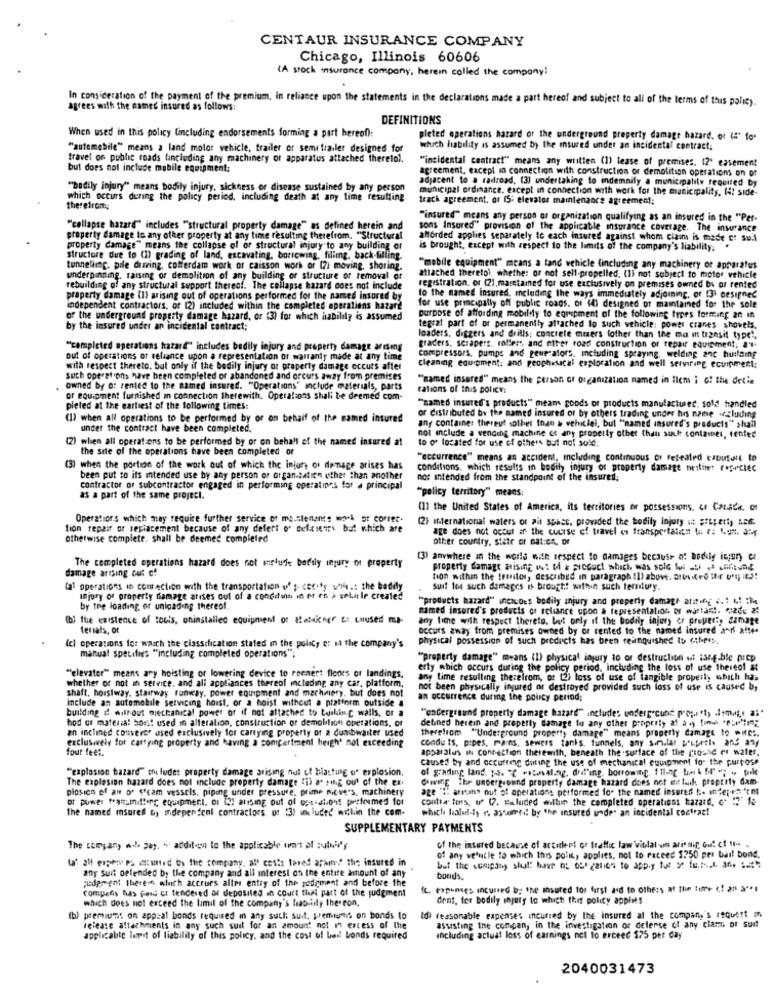
CENTAUR INSURANCE COMPANY
Chicago, Illinois 60606
(A stock insurance company, herein called the company!
In consideration of the payment of the premium, in reliance upon the statements in the declarations made a part hereof and subject to all of the terms of this policy.
agrees with the named insured as follows:
DEFINITIONS
When used in this policy (including endorsements forming a part hereof):
pleted operations hazard or the underground property damage hazard. or (4" fo-
"automobile" means a land motor vehicle, trailer or semi trailer designed for
which hability is assumed by the msured under an incidental contract;
travel of public roads fincluding any machinery of apparatus attached therelol.
"incidental contract" means any written (1) lease of premises. 12" easement
but does not include mobile equipment:
agreement, except in connection with construction or demolition operations on of
adjacent to a radroad, (3) undertaking to indemnily a municipality requited by
"bodily injury" means bodily injury, sickness or disease sustained by any person
municipal ordinance, except in connection with work for the municipality, I4! side-
which occurs during the policy period, including death at any time resulting
track agreement. or 15: elevator maintenance agreement;
therefrom;
"insured" means any person of organization qualifying as an insured in the "Per-
"collapse hazard" includes "structural property damage" as defined herein and
sons Insured" provision of the applicable insurance coverage. The insurance
property damage to any other property at any time resulting therefrom. "Structural
afforded applies separately to each insured against whom claim is made of Sul
property damage" means the collapse of of structural injury to any building or
is brought, except with respect to the limits of the company's liability.
structure due to (1) grading of land, excavating, borrowing, filling, back-filling.
tunnelling. pile diving, cofferdam work of caisson work or 17: moving, shoring.
""mobile equipment" means a tand vehicle (including any machinery or apparatus
underpinning. raising or demolition of any building or structure of removal of
attached theretol, whether or not sell-propelled. (1) not subject to motor vehicle
rebuilding of any structural support thereof. The collapse hazard does not include
registration, or (21, maistamed for use exclusively on premises owned by or rented
property damage (1) arising out of operations performed for the named insured by
to the named insured, mcluding the ways immediately adjoining, or 131 designed
independent contractors, or 12) included within the completed operations hazard
for use principally off public roads. of (4) designed of maintained for the sole
of the underground property damage hazard, or (3) for which hability is assumed
purpose of affording mobilfly to equipment of the following types forming 20 In
by the insured under an incidental contract;
tegral part of or permanently attached to such vehicle: power cranes shovels.
loaders, diggers and drills; concrete mixers fother than the ma m urzesit type",
"completed operations hazard" includes bodily injury and property damage arising
graders. scrapers, rollers and nifer road construction or repair equipment. 8".
out of operations of reliance upon a representation of warranty made at any time
compressors, pumps and peue-alors, including spraying. welding anc huitaine
with respect thereto, but only if the bodily injury or property damage occurs after
cleaning equipment: and geophvsacal exploration and well serviring ecumment:
such operations have been completed or abandoned and orcurs away from premises
"named insered" means the person or organization named in flem i G! the detin
owned by o: rented to the named insured. "Operations" include materials, parts
rations of this policy:
or equipment furnished in connection therewith. Operations shall be deemed com-
pieted at the earliest of the following times:
"zamed insured's products" means goods or products manufacturec. sold handled
(1) when all operations to be performed by or on behalf of the named insured
or distributed by the named insured or by others trading under his name -cluding
under the contract have been completed.
any container thereof other than & vehicle), but ""named insured's products" shall
not include & vending machine et any property other that suck conlames, senfed
(2) when all operations to be performed by or on behalf of the named insured at
to of located for use of others but not sold;
the sale of the operations have been completed or
"occurrence" means an accident, including continuous of fesealed tatufull lo
(3) when the portion of the work out of which the injur, or damage arises has
conditions, which results in bodily injury or property damage teilinet (*p-clec
been put to its mtended use by any person or organizatice other than another
not intended from the standpoint of the insured;
contractor or subcontractor engaged in performing operatines for a principal
"policy territory" means:
as a part of the same project.
(1) the United States of America, its territories or possessions. & Canada. of
Operations which may require further service of me.clements wwk ot corret.
(2) mernational waters of ait space, provided the bodily Injury it property LE6.
tion repair of replacement because of any defett o' delgieurs but which are
age does not occur af the course of travel of transportation & #: 4.um. any
otherwise complete, shall be deemed completed
other country, state or nat:on, or
(3) anywhere in the world with respect to damages because of bodily injury er
damage arising out of
The completed operations hazard does not inclue bertly injury or property
property damage arising ws: ff & piccoct which was solo foi JU e .v
tion within the trendlos, described in paragraph !! ) above. aten i Fo ihr o'; it)!
ta' operations in confection with the transportation us- cecity while .: the baddly
Suit tos such damages is brougt! wifein such terntury.
Injury of property damage arises out of a conditinn in et rn > selale created
"products hazard" incluDes bodily injury and property damage annif .: 4 :
by the loading of unloading theres !.
named insured's products or reliance upon a representation of wartam !. "2de 2
b) the existence of tools, aninstalled equipment of alacakner : caused ma
any time with respect thereto, but only if the bodily injury er property damage
tersats, of
occurs away from premises owned by or rented to the named insured and a !! e.
physical possession of such products has been relinquished to cihpis.
(c) operations for wasch the classification stated in the policy e: si the company's
manual specifies "including completed operations";
"property damage" means (I) physical injury to or destruction ut 1346.ble prep
"elevater" means ary hoisting or lowering device to roenert flodes of landings,
erty which occurs during the policy period, including the loss of use thereol at
whether or not in service, and ali appliances thereol including any car, platform,
any time resulting therefrom, or 12h loss of use of tangible propert, which has
shaft, horstway. stairway Funway, power equipment and machmiery, but does not
not been physically injured or destroyed provided such loss of use is caused by
include an automobile servicing hoist, or a hoist without a platform outside a
an occurrence during the policy period;
building d without mechanical power of if not attached to buskin C walls, or
"underground property damage hazard" includes undergocunt property limae ai
hod os materia! horst used in alteration, construction or demolition operations, of
an inclined converer used exclusively for carrying property of a dumbwaiter used
detined herein and property damage to any other proprely 21 a ) find "Pur'Im;
thereliom "Underground property damage" means property damage to pires.
exclusively for cattying property and having a compartment heigh' not exceeding
condu ts, pipes, mains, sewers tanks, funnels, any sim.lar p'usethe ans any
four feet.
apparalus IN connection therewith, beneath the surface of the pround er water.
caused by and occurring duting the use of mechanical equipment for the purpose
"explosion hazard" the ludet property damage arising nut ef blasting o" explosion.
of grading land. pt. "C ++casting, dril'ing, borrowing. 111-ng bak 5l" "; " file
The explosion hazard does not include property damage fil a. sing out of the ex.
Cawing The underground property damage hazard does not ete lank property dam-
plosion of an o' s'cam vessels, piping under pressure, prime move"s, machinery
age ":" arruns out of operations performed for the named insured b. inderes "cm
of power transmitting equipment, or [2] alising out of assisiont performed for
contra tors, u (7. Eluded willin the completed operations hazard, c' "' 1o
the named msured G) independent contractors, of :3) included within the com-
which laall-ty r. assumed: by the insured unde" an incidental contrat!
SUPPLEMENTARY PAYMENTS
The company n.f gay, + addition to the applicable unt of :uboy's
of the insured because of artirlent or traffic law'violatomm aris mit out of It-
La' all exper es (:used by the company, all costa tored apam:" the insured in
of any ve'ncle to which this point, applies, not to Faceed 1750 per bail bond.
any Sunt oelended b; the company and all interest of the entire amount of any
judgment thereis wluch accrues altes entry of the sediment and before the
bonds.
IL. Poponses Incurred by the insured for first aid to others at the libre (! an a"!
compatis has fond ci tendered or deposited in court that part of the judgment
which does not exceed the limit of the company's lab-iny theseon,
dent, fer bodily injury to which this policy appins
(b) premium: on appzal bonds required in any such suit, premiums on bonds to
Idi reasonable expenses incurred by the insured at the company's request /4
release attachments in any such suit for an amount not in excess of the
assisting the company in the investigation of defense of any clat of suit
applicable lepit of liability of this policy, and the cost of bail bonds required
including actual loss of earnings not to exceed $75 per day
2040031473